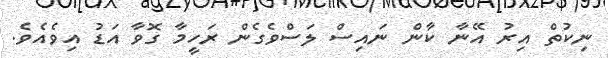
ނިކުތް އިރު އޭނާ ކާން ނައިސް ލަސްވެގެން ރަހީމާ ގޮވާ އަޑު އިވެއެވެ.